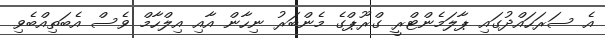
އެ ސަރަހައްދުގައި ޕާލަމެންޓްރީ ގްރޫޕްގެ މެންބަރު ނިހާން އާއި އިލްހާމް ވެސް އެބަތިއްބެވި